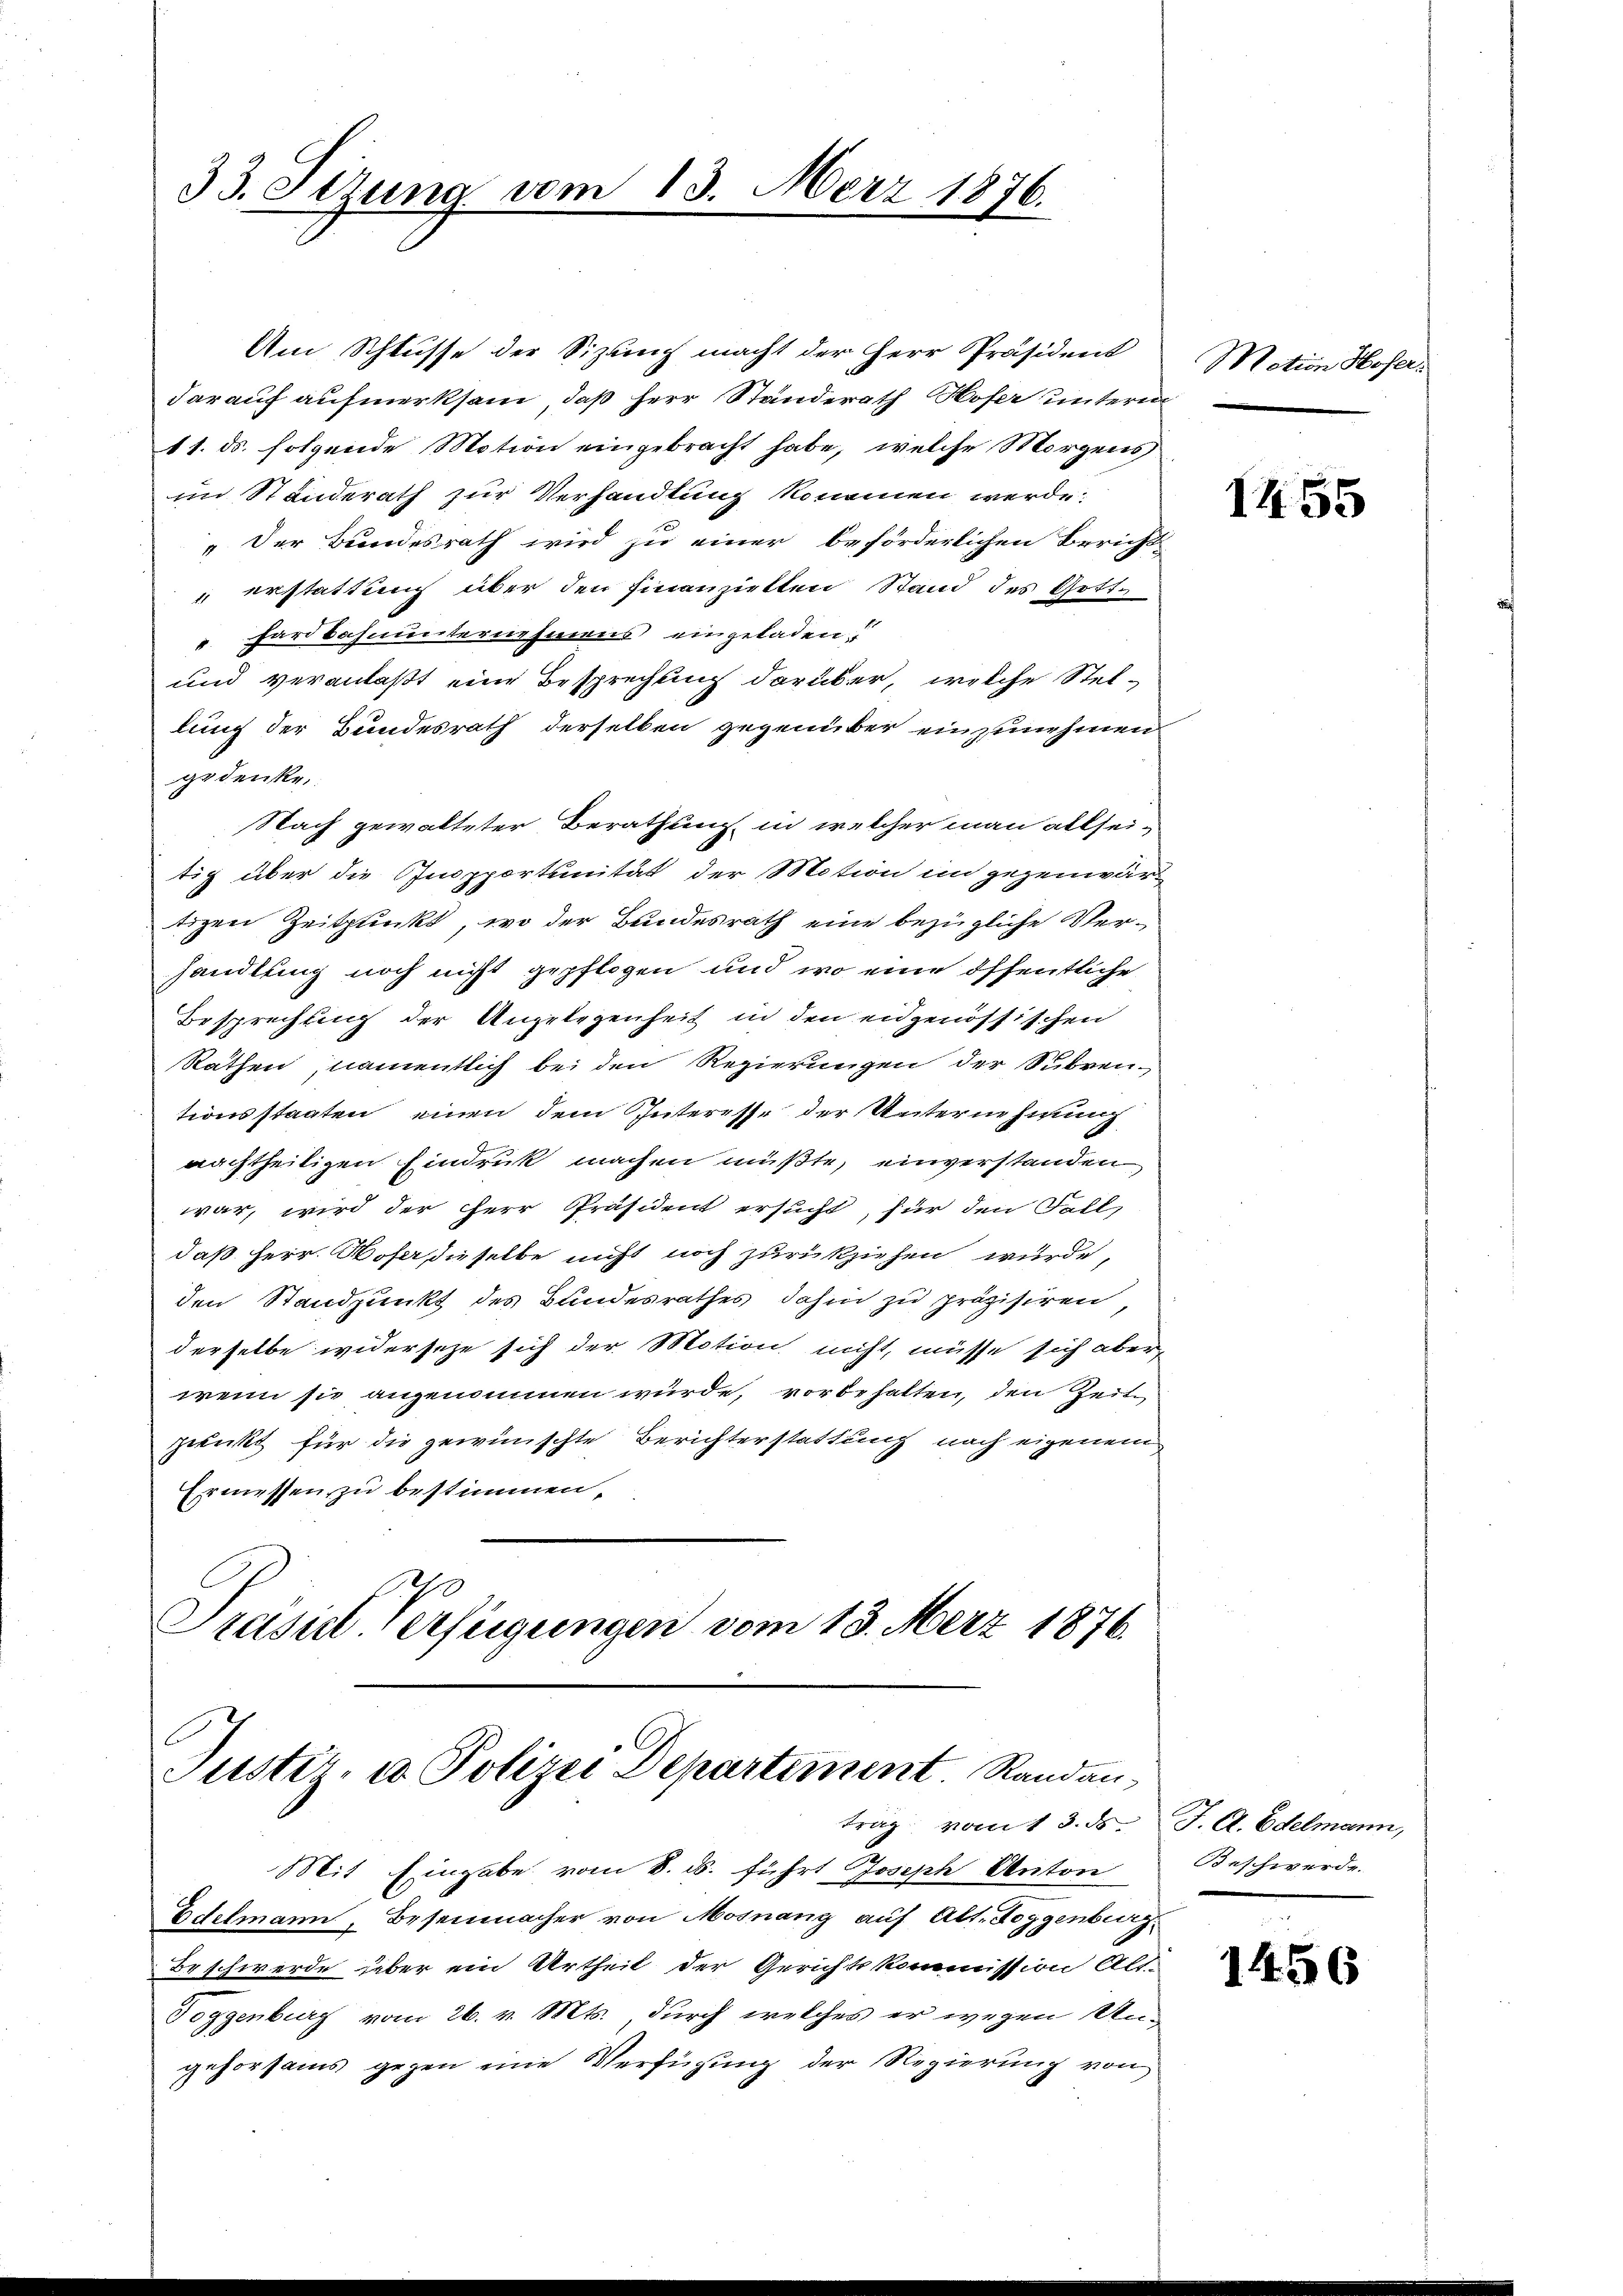
33. Stzung vom 13. März 1876.

Am Schlüsse der Sizung macht der Herr Präsident
darauf aufmerksam, daß Herr Ständerath Hofer unterm
11. ds. folgende Motion eingebracht habe, welche Morgens
im Standerath zur Verhandlung kommen werde.
" Der Bundesrath wird zu einer beförderlichen Bericht
 erstattung über den Finanziellen Stand des Gottv. Hard Schnunternehmens eingeladen.
und veranlaßt eine Besprechung darüber, welche Stellung der Bundesrath derselben gegenüber einzunehmen
gedenke.
Nach gewalteter Berathung in welcher man allsei-
tig über die Inopportunität der Motion im gegenwärtizen Zeitpunkt, wo der Bundesrath eine bezügliche Verhandlung noch nicht gepflogen und wo eine öffentliche
Besprechung der Angelegenheit in den eidgenössischen
Räthen namentlich bei den Regierungen der Subven-
tionsstaaten einen dem Interesse der Unternehmung
J
nachtheiligen Eindruck machen müßte, einverstanden
war, wird der Herr Präsident ersucht, für den Fall,
daß Herr. Wofer, dieselbe nicht noch zurückziehen wurde,
den Standpunkt des Bundesrathes dahin zu präzisiren,
derselbe widersetze sich der Motion nicht, müsse sich aber,
wenn sie angenommen würde, vorbehalten, den Zeit
punkt für die gewünschte Berichterstattung nach eigenem
Ermessen zu bestimmen,
Preisie-Verfügungen vom 13. Merz 1876.

e
Justiz- u Polizei Departiment Randantrag vom 13. ds.
Mit Eingabe vom 8. ds. führt Joseph Anton
Edelmann, Beseinmacher von Mosnang auf Alt. Toggenburg

Beschwerde über ein Urtheil der Gerichtskommission Alt-
Toggenburg vom 26. v. Mts., durch welches er wegen Ungehorsams gegen eine Verfügung der Regierung von

Motion Hofer.

1455

J. C. Edelmann,
Beschwerde.

1456